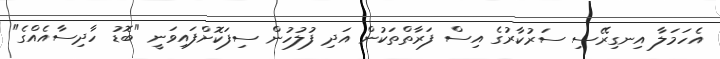
އެހަމަލާ އިނގިރޭސި ސަރުކާރުގެ އިސް ފަރާތްތަކުން އަދި ފުލުހުން ސިފަކޮށްފައިވަނީ "ބޮޑު ހާދިސާއެއްގެ"